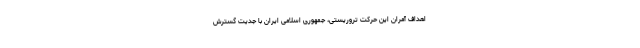
اهداف آمران این حرکت تروریستی، جمهوری اسلامی ایران با جدیت گسترش